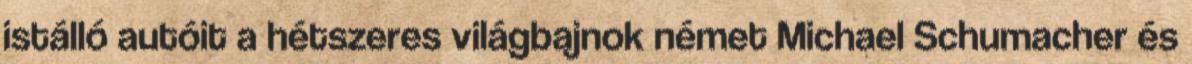
istálló autóit a hétszeres világbajnok német Michael Schumacher és